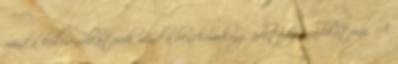
mind a kulcsindikátorok mind a benchmarking adatbázis indikátorai. A